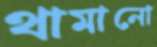
থামানো